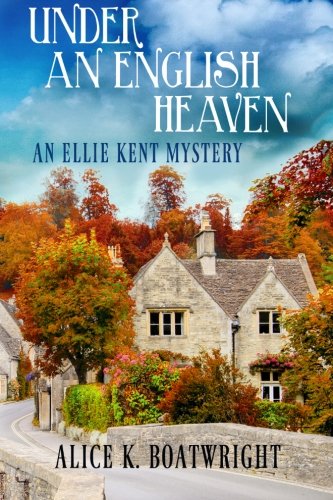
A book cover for Under an English Heaven: An Ellie Kent Mystery; Alice K Boatwright; Mystery, Thriller & Suspense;